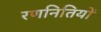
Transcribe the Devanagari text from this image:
रणनितियों